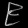
Digit: ၉